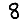
Digit: 8